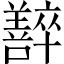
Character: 𡄰